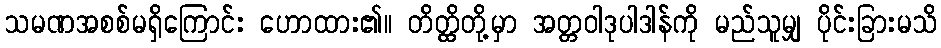
သမဏအစစ်မရှိကြောင်း ဟောထား၏။ တိတ္ထိတို့မှာ အတ္တဝါဒုပါဒါန်ကို မည်သူမျှ ပိုင်းခြားမသိ